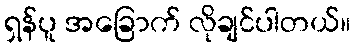
ရှန်ပူ အခြောက် လိုချင်ပါတယ်။